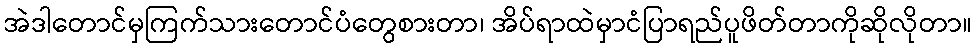
အဲဒါတောင်မှကြက်သားတောင်ပံတွေစားတာ၊ အိပ်ရာထဲမှာငံပြာရည်ပူဖိတ်တာကိုဆိုလိုတာ။